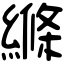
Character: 縧